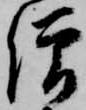
僧